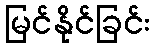
မြင်နိုင်ခြင်း